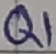
Text: Q1